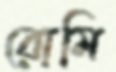
রোমি